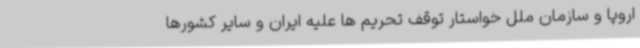
اروپا و سازمان ملل خواستار توقف تحریم ها علیه ایران و سایر کشورها